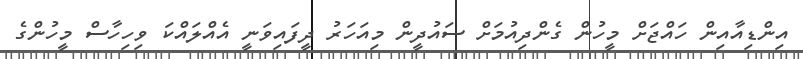
އިންޑިއާއިން ހައްޖަށް މީހުން ގެންދިއުމަށް ސައުދީން މިއަހަރު ދީފައިވަނީ އެއްލައްކަ ވިހިހާސް މީހުންގެ